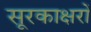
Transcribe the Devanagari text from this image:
सूरकाक्षरों